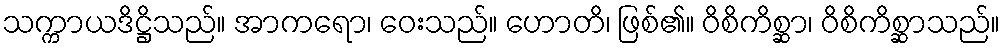
သက္ကာယဒိဋ္ဌိသည်။ အာကရော၊ ဝေးသည်။ ဟောတိ၊ ဖြစ်၏။ ဝိစိကိစ္ဆာ၊ ဝိစိကိစ္ဆာသည်။